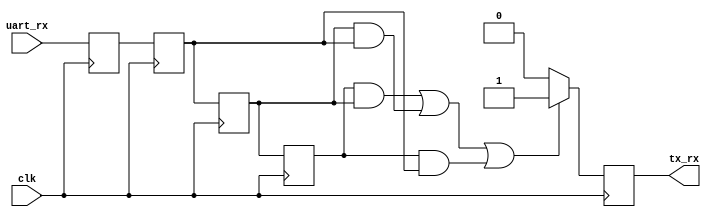
module uart_filter (
	input clk,
	input uart_rx,
	output reg tx_rx = 1'b0
);
	reg rx, meta;
	always @ (posedge clk)
		{rx, meta} <= {meta, uart_rx};
	wire sample0 = rx;
	reg sample1, sample2;
	always @ (posedge clk)
	begin
		{sample2, sample1} <= {sample1, sample0};
		if ((sample2 & sample1) | (sample1 & sample0) | (sample2 & sample0))
			tx_rx <= 1'b1;
		else
			tx_rx <= 1'b0;
	end
endmodule